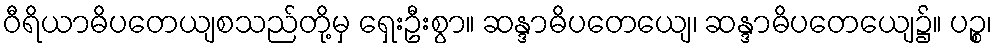
ဝီရိယာဓိပတေယျစသည်တို့မှ ရှေးဦးစွာ။ ဆန္ဒာဓိပတေယျေ၊ ဆန္ဒာဓိပတေယျေ၌။ ပဉ္စ၊